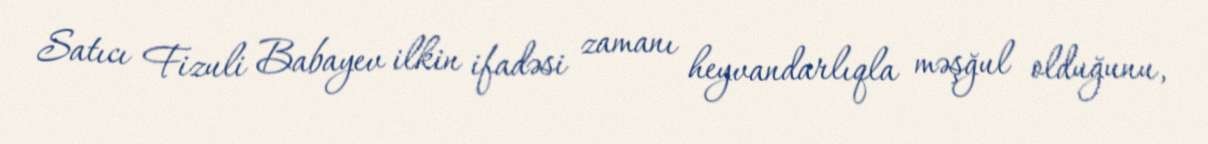
Satıcı Fizuli Babayev ilkin ifadəsi zamanı heyvandarlıqla məşğul olduğunu,